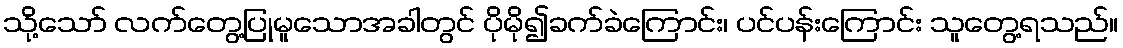
သို့သော် လက်တွေ့ပြုမူသောအခါတွင် ပိုမို၍ခက်ခဲကြောင်း၊ ပင်ပန်းကြောင်း သူတွေ့ရသည်။